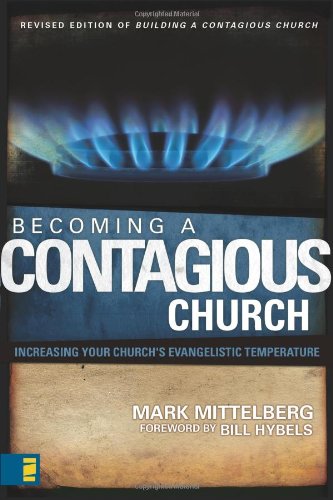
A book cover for Becoming a Contagious Church: Increasing Your Church's Evangelistic Temperature; Mark Mittelberg; Christian Books & Bibles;